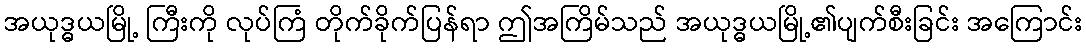
အယုဒ္ဓယမြို့ ကြီးကို လုပ်ကြံ တိုက်ခိုက်ပြန်ရာ ဤအကြိမ်သည် အယုဒ္ဓယမြို့၏ပျက်စီးခြင်း အကြောင်း